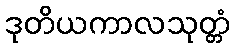
ဒုတိယကာလသုတ္တံ